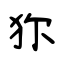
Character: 狝